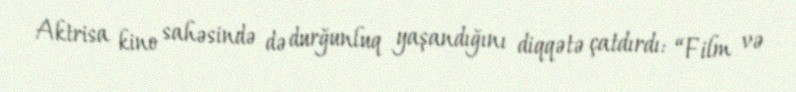
Aktrisa kino sahəsində də durğunluq yaşandığını diqqətə çatdırdı: “Film və